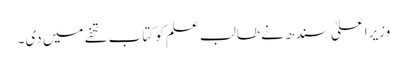
وزیراعلیٰ سندھ نے طالب علم کو کتاب تحفے میں دی۔